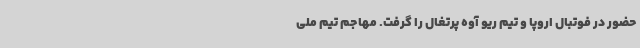
حضور در فوتبال اروپا و تیم ریو آوه پرتغال را گرفت. مهاجم تیم ملی